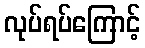
လုပ်ရပ်ကြောင့်